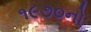
૧૯૭૦નો